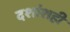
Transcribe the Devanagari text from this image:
दशांशही